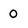
Character: 0